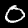
Digit: 0